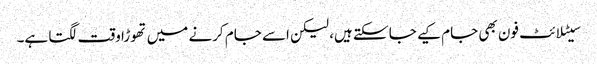
سیٹلا ئٹ فون بھی جام کیے جا سکتے ہیں، لیکن اسے جام کرنے میں تھوڑا وقت لگتا ہے۔